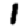
Digit: 1